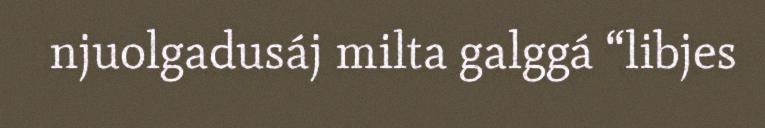
njuolgadusáj milta galggá “libjes